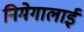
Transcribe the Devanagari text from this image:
निमेगालाई